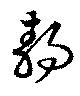
静